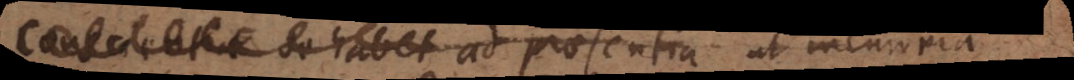
a se habet ad praesentia ut memoria